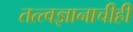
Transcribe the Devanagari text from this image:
तत्त्वज्ञानाचीही